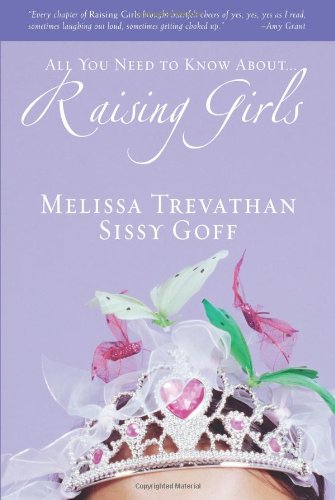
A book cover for Raising Girls; Melissa Trevathan; Parenting & Relationships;